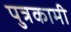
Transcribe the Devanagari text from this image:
पुत्रकामी